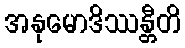
အနုမောဒိဿန္တီတိ